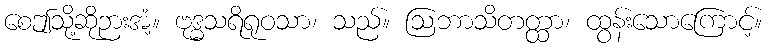
စေဤသို့ဆိုဉားအံ့။ ဗုဒ္ဓသရိရုဝသာ၊ သည်။ ဩဘာသိတတ္ထာ၊ ထွန်းသောကြောင့်။